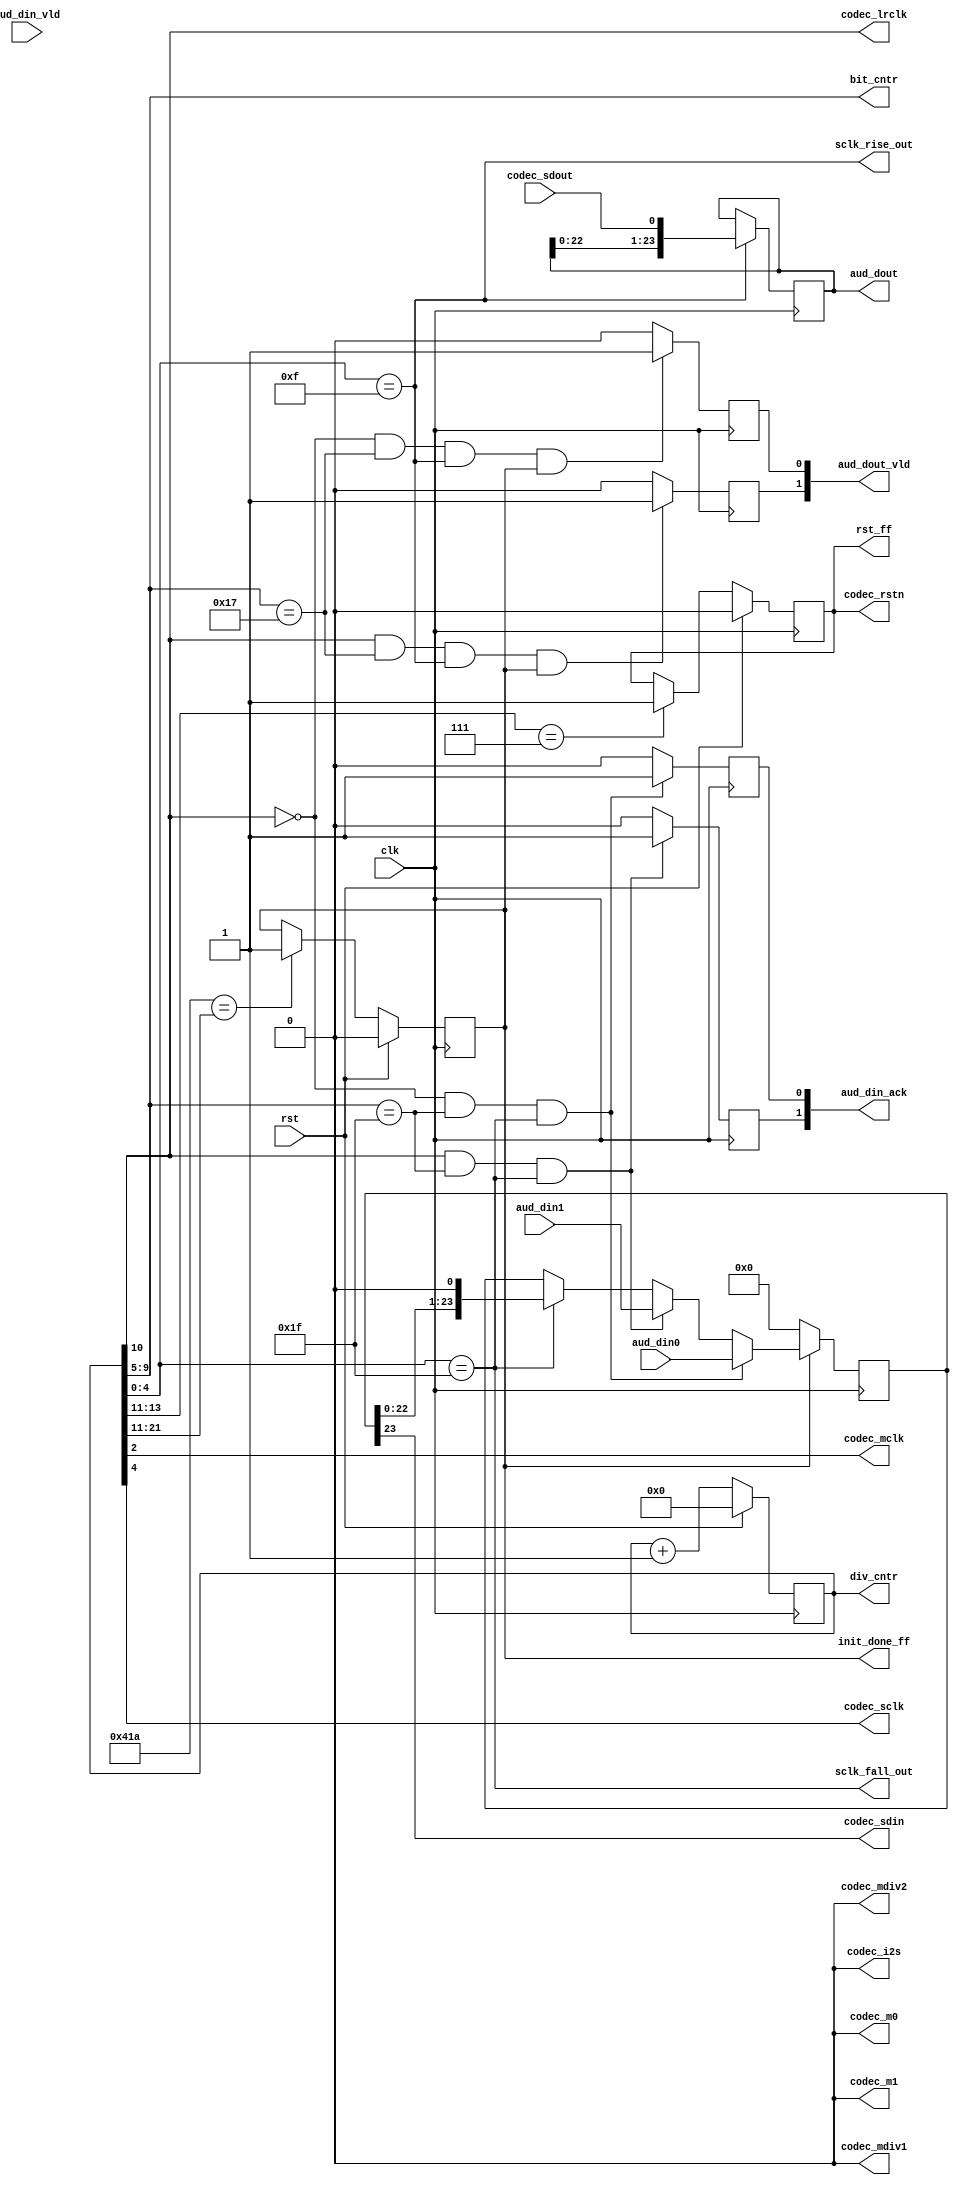
module codec_if
(
   input             clk,
   input             rst,
   
   output            codec_m0,
   output            codec_m1,
   output            codec_i2s,
   output            codec_mdiv1,
   output            codec_mdiv2,
   
   output            codec_rstn,
   output            codec_mclk,
   output            codec_lrclk,
   output            codec_sclk,
   output            codec_sdin,
   input             codec_sdout,
   
   output reg [ 1:0] aud_dout_vld,
   output     [23:0] aud_dout,
   
   input      [ 1:0] aud_din_vld,
   output reg [ 1:0] aud_din_ack,
   input      [23:0] aud_din0,
   input      [23:0] aud_din1,
   
   // Debug:
   output reg        rst_ff,
   output reg        init_done_ff,
   output     [4:0]  bit_cntr,
   output reg [21:0] div_cntr,
   output            sclk_fall_out,
   output            sclk_rise_out
);


//reg [21:0] div_cntr;

//reg rst_ff;
//reg init_done_ff;

wire lrclk_fall;
wire lrclk_rise;
wire sclk_fall;
wire sclk_rise;

assign sclk_fall_out = sclk_fall;
assign sclk_rise_out = sclk_rise;

//wire [4:0]  bit_cntr;

reg  [23:0] shr_rx;
reg  [23:0] shr_tx;

begin

assign codec_m0      = 1'b0;    // Single mode
assign codec_m1      = 1'b0;
assign codec_i2s     = 1'b0;    // Left-justified
assign codec_mdiv1   = 1'b0;    // MCLK / LRCK = 256
assign codec_mdiv2   = 1'b0;

always @ (posedge clk)
if (rst)
  div_cntr <= 0;
else
  div_cntr <= div_cntr + 1;


assign codec_lrclk  = div_cntr[10];      // 48.828125 kHz
assign codec_sclk   = div_cntr[4];      // 3.125 MHz
assign codec_mclk   = div_cntr[2];      // 12.5 MHZ


assign sclk_fall    = (div_cntr[4:0]==5'b11111);
assign sclk_rise    = (div_cntr[4:0]==5'b01111);


assign bit_cntr     = div_cntr[9:5];

always @ (posedge clk)
if (rst==1)
   rst_ff <= 1'b0;
else if (div_cntr[13:11] == 3'd7)
   rst_ff <= 1'b1;
      
assign codec_rstn = rst_ff;

always @ (posedge clk)
if (rst==1)
   init_done_ff <= 1'b0;
else if (11'd1050 == div_cntr[21:11])
   init_done_ff <= 1'b1;


always @ (posedge clk)
if (sclk_rise==1)
   shr_rx <= {shr_rx[22:0], codec_sdout};

always @ (posedge clk)
if (div_cntr[10] == 0 & bit_cntr == 5'd23 & sclk_rise == 1'b1 & init_done_ff == 1'b1)
   aud_dout_vld[0] <= 1'b1;
else
   aud_dout_vld[0] <= 1'b0;


always @ (posedge clk)
   if (div_cntr[10] == 1 & bit_cntr == 5'd23 & sclk_rise == 1'b1 & init_done_ff == 1'b1)
      aud_dout_vld[1] <= 1'b1;
   else
      aud_dout_vld[1] <= 1'b0;

end

assign aud_dout = shr_rx;


always @ (posedge clk)
if (init_done_ff==0)
   shr_tx <= 0;
else if (div_cntr[10]==0 & bit_cntr == 5'd31 & sclk_fall==1)
   shr_tx <= aud_din0;
else if (div_cntr[10]==1 & bit_cntr == 5'd31 & sclk_fall==1)
   shr_tx <= aud_din1;
else if (sclk_fall==1)
   shr_tx <= {shr_tx[22:0], 1'b0};

assign codec_sdin = shr_tx[23];

always @ (posedge clk)
if (div_cntr[10]==0 & bit_cntr == 5'd31 & sclk_fall==1)
   aud_din_ack[0] <= 1'b1;
else
   aud_din_ack[0] <= 1'b0;
   
always @ (posedge clk)
if (div_cntr[10]==1 & bit_cntr == 5'd31 & sclk_fall==1)
   aud_din_ack[1] <= 1'b1;
else
   aud_din_ack[1] <= 1'b0;
 

endmodule